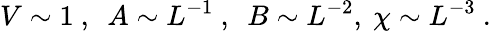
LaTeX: V\sim 1\ ,\ \ A\sim L^{-1}\ ,\ \ B\sim L^{-2},\ \chi\sim L^{-3}\ .